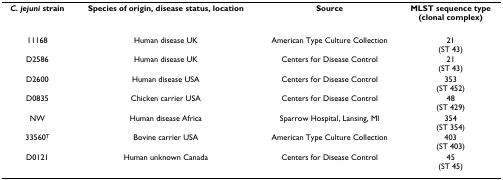
<table><thead><tr><td><b><i>C. jejuni </i>strain</b></td><td><b>Species of origin, disease status, location</b></td><td><b>Source</b></td><td><b>MLST sequence type(clonal complex)</b></td></tr></thead><tbody><tr><td>11168</td><td>Human disease UK</td><td>American Type Culture Collection</td><td>21(ST 43)</td></tr><tr><td>D2586</td><td>Human disease UK</td><td>Centers for Disease Control</td><td>21(ST 43)</td></tr><tr><td>D2600</td><td>Human disease USA</td><td>Centers for Disease Control</td><td>353(ST 452)</td></tr><tr><td>D0835</td><td>Chicken carrier USA</td><td>Centers for Disease Control</td><td>48(ST 429)</td></tr><tr><td>NW</td><td>Human disease Africa</td><td>Sparrow Hospital, Lansing, MI</td><td>354(ST 354)</td></tr><tr><td>33560<sup>T</sup></td><td>Bovine carrier USA</td><td>American Type Culture Collection</td><td>403(ST 403)</td></tr><tr><td>D0121</td><td>Human unknown Canada</td><td>Centers for Disease Control</td><td>45(ST 45)</td></tr></tbody></table>